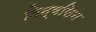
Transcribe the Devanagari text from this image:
तिन्वसिन